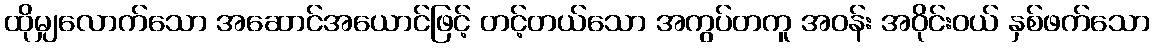
ထိုမျှလောက်သော အဆောင်အယောင်ဖြင့် တင့်တယ်သော အကွပ်တကူ အဝန်း အဝိုင်းဝယ် နှစ်ဖက်သော